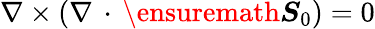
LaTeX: \nabla\times(\nabla\, \cdot\, \ensuremath{\boldsymbol{S}}_{0})=0